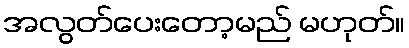
အလွတ်ပေးတော့မည် မဟုတ်။